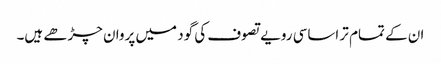
ان کے تمام تر اساسی رویے تصوف کی گود میں پروان چڑھے ہیں۔